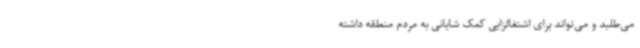
می‌طلبد و می‌تواند برای اشتغالزایی کمک شایانی به مردم منطقه داشته